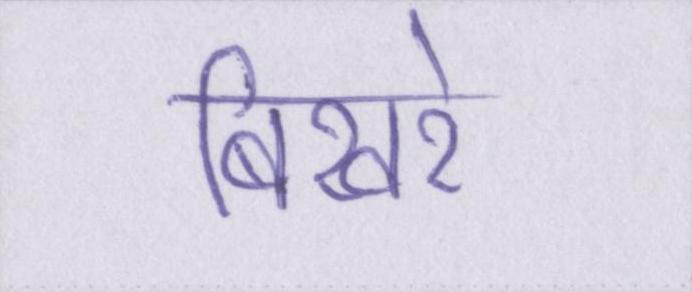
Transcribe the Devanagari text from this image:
बिखरे